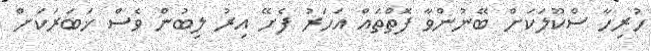
ހުރިހާ ސްކޫލަކަށް ބޭނުންވާ ފޮތްތައް އަހަރު ފެށޭ އިރު ލިބުން ވެސް ޚަބަރަކަށް